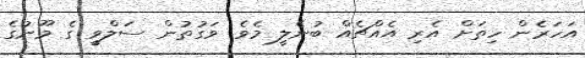
އަހަރެން ހިތަށް އެރި އެއްޗެއް ބުނެލީ މެވެ. ވަގުތުން ސަލްވީ ގެ މޫނުގެ